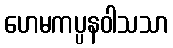
ဟေမကပ္ပနဝါသသာ